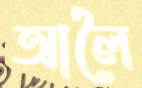
আলৈ